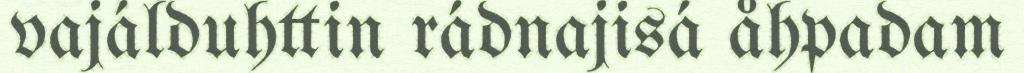
vajálduhttin rádnajisá åhpadam